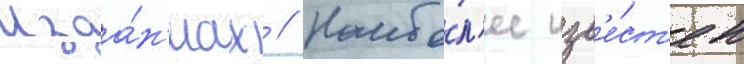
Изда́н'иах // Наибо́л'ее изв'е́ст'ен